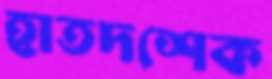
হাতদশেক